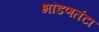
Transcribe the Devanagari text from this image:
भांडणतंटा